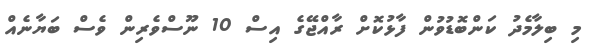
މި ބިލާމެދު ކަންބޮޑުވުން ފާޅުކޮށް ރާއްޖޭގެ އިސް 10 ނޫސްވެރިން ވެސް ބަޔާނެއް